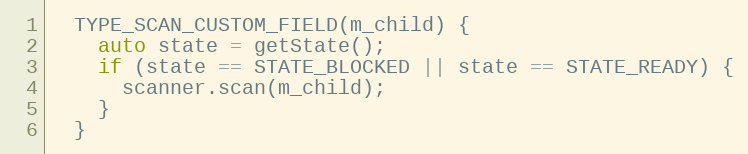
Language: C
  TYPE_SCAN_CUSTOM_FIELD(m_child) {
    auto state = getState();
    if (state == STATE_BLOCKED || state == STATE_READY) {
      scanner.scan(m_child);
    }
  }